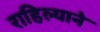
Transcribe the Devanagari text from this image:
राहिल्‍याने